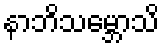
နာဘိသမ္ဘောသိ